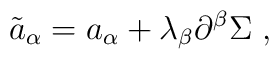
{\tilde a}_\alpha = a_\alpha + \lambda_\beta \partial^\beta \Sigma\;,